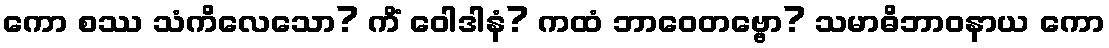
ကော စဿ သံကိလေသော? ကိံ ဝေါဒါနံ? ကထံ ဘာဝေတဗ္ဗော? သမာဓိဘာဝနာယ ကော